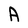
Character: A